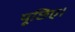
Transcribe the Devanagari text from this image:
पूछिए।